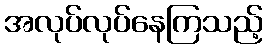
အလုပ်လုပ်နေကြသည့်